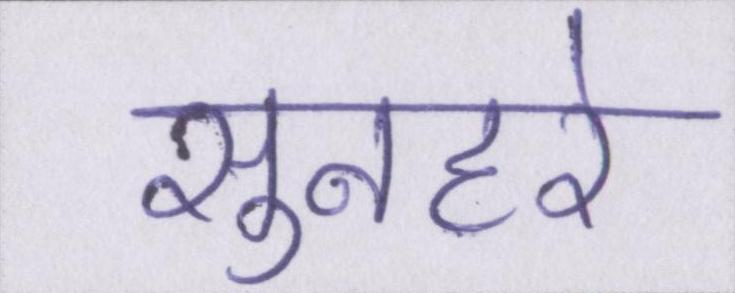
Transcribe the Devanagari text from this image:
सुनहरे